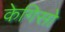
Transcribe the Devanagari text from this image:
केगिसो